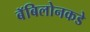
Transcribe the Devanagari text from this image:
बॅबिलोनकडे